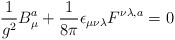
\begin{align*}\frac{1}{g^{2}} B^{a}_{\mu} + \frac{1}{8\pi}\epsilon_{\mu\nu\lambda}F^{\nu\lambda, a} = 0 \end{align*}